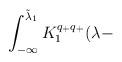
LaTeX: \begin{align*}\int_{-\infty}^{\tilde \lambda_{1}}K_{1}^{q_{+}q_{+}}(\lambda-\end{align*}